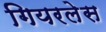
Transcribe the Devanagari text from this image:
गियरलेस